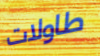
طاولات